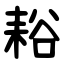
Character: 䎥